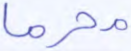
محرما